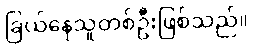
ခြယ်နေသူတစ်ဦးဖြစ်သည်။